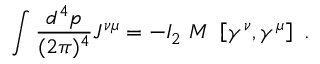
\int { \frac { d ^ { 4 } p } { ( 2 \pi ) ^ { 4 } } } { \cal J } ^ { \nu \mu } = - I _ { 2 } \ M \ \left[ \gamma ^ { \nu } , \gamma ^ { \mu } \right] \ .